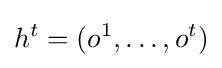
h^{t}=(o^{1},\dots ,o^{t})